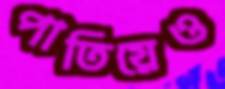
পাতিয়েও